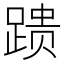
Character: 𰸞